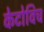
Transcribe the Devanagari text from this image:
केटोविच